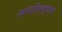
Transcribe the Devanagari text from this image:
सामरिकदृष्ट्या